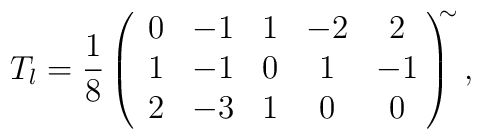
T_l=\frac{1}{8}\left(\begin{array}{ccccc}    0&-1&1&-2&2 \\    1&-1&0&1&-1 \\    2&-3&1&0&0\end{array}\!\right)^{\!\!\!\sim},